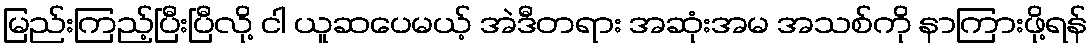
မြည်းကြည့်ပြီးပြီလို့ ငါ ယူဆပေမယ့် အဲဒီတရား အဆုံးအမ အသစ်ကို နာကြားဖို့ရန်